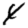
Digit: 4